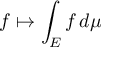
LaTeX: f \mapsto \int _ { E } f \, d \mu